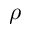
\rho